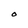
Character: O